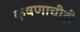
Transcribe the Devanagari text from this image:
क्षणाचीही